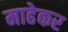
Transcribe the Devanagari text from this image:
माढेकर